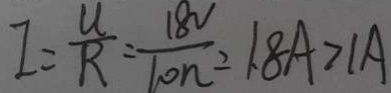
I = \frac { U } { R } = \frac { 1 8 V } { 1 0 n } = 1 . 8 A > 1 A